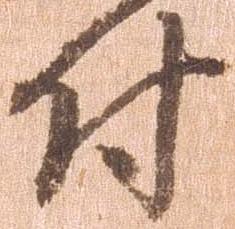
付